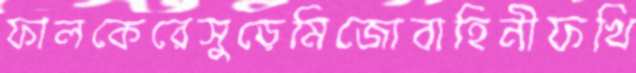
ফালকেরেসুড়েমিজোবাহিনীফখি